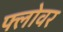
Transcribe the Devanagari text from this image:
फ्लोवर